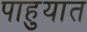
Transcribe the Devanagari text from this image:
पाहुयात